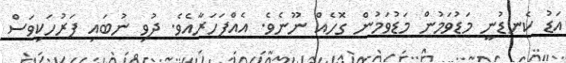
އަޑު ކެނޑުނީ މަޑުވަމުން މަޑުވަމުން ގޮހެއް ނޫނެވެ. އެއްފަހަރާއެވެ. ދުވި ނުބައި ފަރުހަކިވަސް